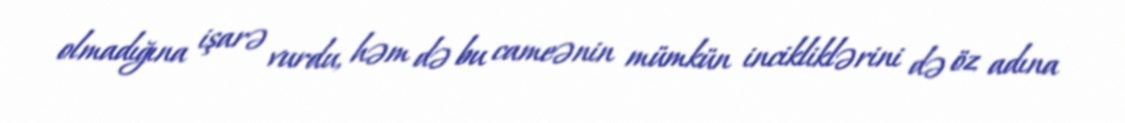
olmadığına işarə vurdu, həm də bu cameənin mümkün incikliklərini də öz adına